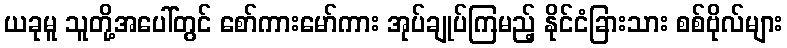
ယခုမူ သူတို့အပေါ်တွင် စော်ကားမော်ကား အုပ်ချုပ်ကြမည့် နိုင်ငံခြားသား စစ်ဗိုလ်များ